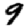
Digit: 9